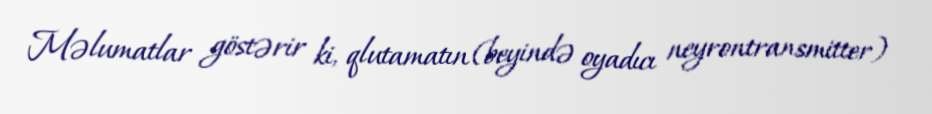
Məlumatlar göstərir ki, qlutamatın (beyində oyadıcı neyrontransmitter)